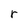
Character: r